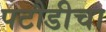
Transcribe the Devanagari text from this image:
पटौडीचा